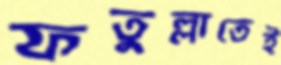
ফতুল্লাতেই